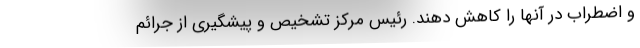
و اضطراب در آنها را کاهش دهند. رئیس مرکز تشخیص و پیشگیری از جرائم